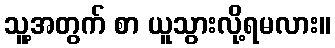
သူ့အတွက် စာ ယူသွားလို့ရမလား။